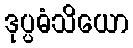
ဒုပ္ပဓံသိယော